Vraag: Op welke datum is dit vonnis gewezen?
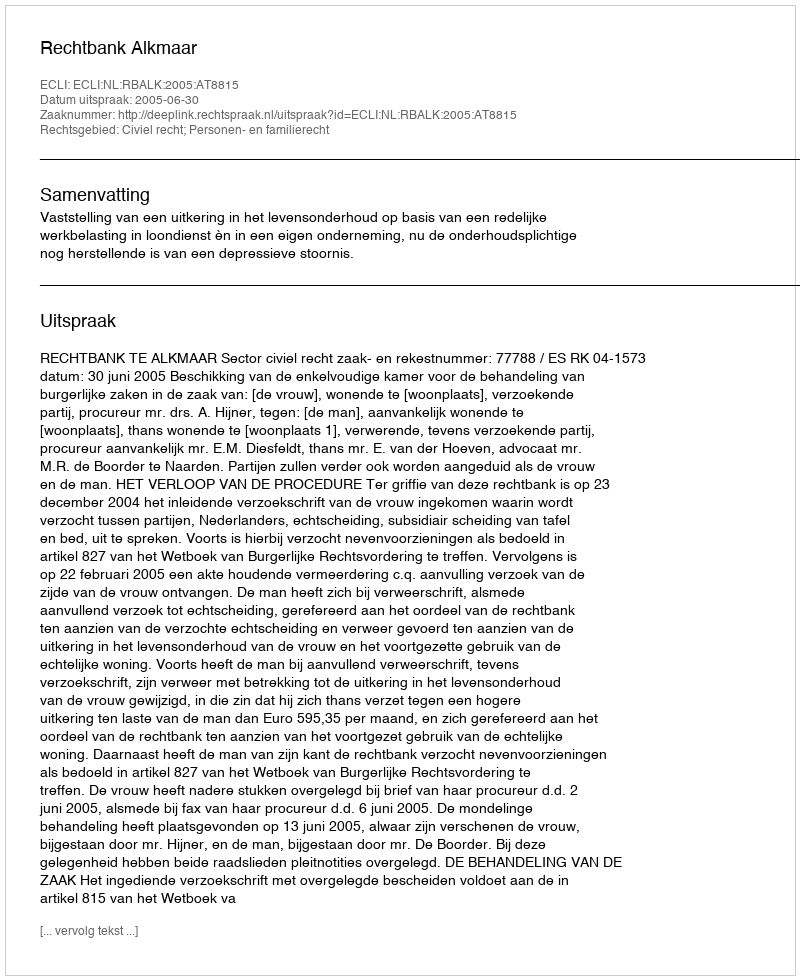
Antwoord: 2005-06-30